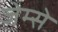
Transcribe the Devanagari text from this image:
जेम्से